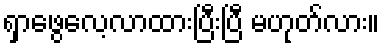
ရှာဖွေလေ့လာထားပြီးပြီ မဟုတ်လား။